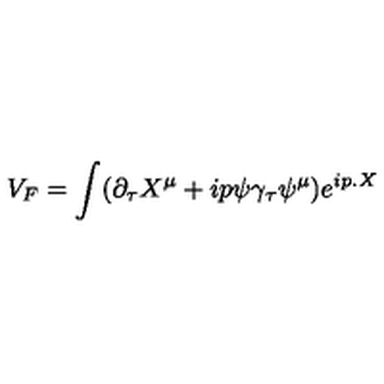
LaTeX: V _ { F } = \int ( \partial _ { \tau } X ^ { \mu } + i p \psi \gamma _ { \tau } \psi ^ { \mu } ) e ^ { i p . X }